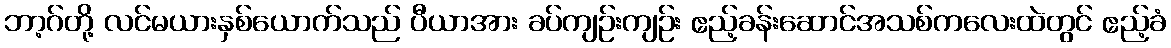
ဘာ့ဂ်တို့ လင်မယားနှစ်ယောက်သည် ပီယာအား ခပ်ကျဉ်းကျဉ်း ဧည့်ခန်းဆောင်အသစ်ကလေးထဲတွင် ဧည့်ခံ